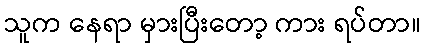
သူက နေရာ မှားပြီးတော့ ကား ရပ်တာ။